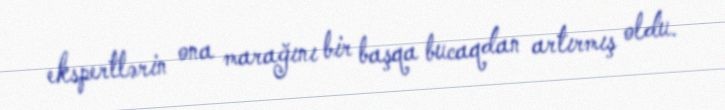
ekspertlərin ona marağını bir başqa bucaqdan artırmış oldu.